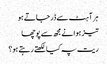
ہر آہٹ سے ڈر جاتے ہو
تیز ہوا نے مجھ سے پوچھا
ریت پہ کیا لکھتے رہتے ہو؟